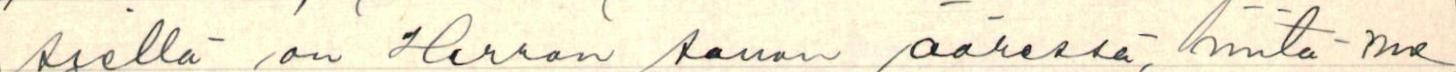
siellä on Herran sanan ääressä, niitä me